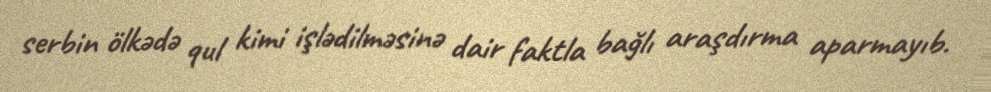
serbin ölkədə qul kimi işlədilməsinə dair faktla bağlı araşdırma aparmayıb.